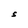
Character: S